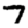
Digit: 7